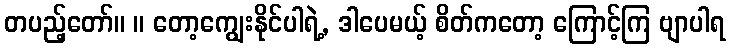
တပည့်တော်။ ။ တော့ကျွေးနိုင်ပါရဲ့, ဒါပေမယ့် စိတ်ကတော့ ကြောင့်ကြ ဗျာပါရ